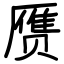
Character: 赝